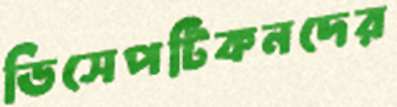
ডিসেপটিকনদের